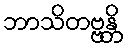
ဘာသိတဗ္ဗန္တိ